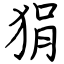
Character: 狷